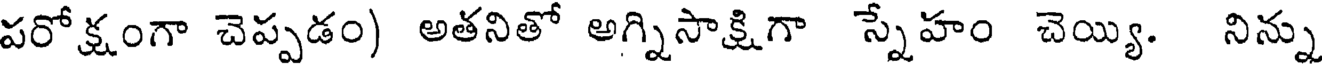
పరోక్షంగా చెప్పడం) అతనితో అగ్నిసాక్షిగా స్నేహం చెయ్యి. నిన్ను